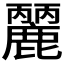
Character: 𪋘